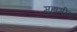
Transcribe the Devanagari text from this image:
महामीमां